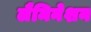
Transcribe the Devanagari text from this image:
लैमिनेशन